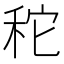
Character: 𥞒